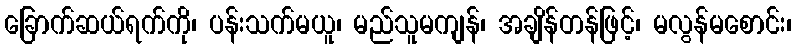
ခြောက်ဆယ်ရက်ကို၊ ပန်းသက်မယူ၊ မည်သူမကျန်၊ အချိန်တန်ဖြင့်၊ မလွန်မစောင်း၊